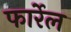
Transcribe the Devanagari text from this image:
फार्रेल